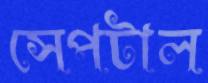
সেপটাল